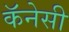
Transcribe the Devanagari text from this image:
कॅनेसी